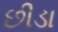
છીડા